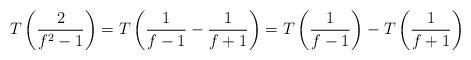
LaTeX: \begin{align*} T\left(\frac{2}{f^{2}-1}\right)= T\left(\frac{1}{f-1}-\frac{1}{f+1}\right)= T\left(\frac{1}{f-1}\right)-T\left(\frac{1}{f+1}\right)\end{align*}